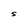
Character: S